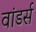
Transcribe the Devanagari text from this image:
वांडर्स